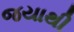
જયાથી